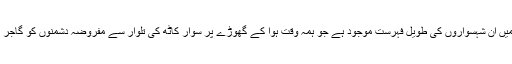
سیاست ہی پر کیا موقوف، ہماری صحافت میں ان شہسواروں کی طویل فہرست موجود ہے جو ہمہ وقت ہوا کے گھوڑے پر سوار کاٹھ کی تلوار سے مفروضہ دشمنوں کو گاجر مولی کی طرح کاٹتے ہوئے نکل جاتے ہیں۔